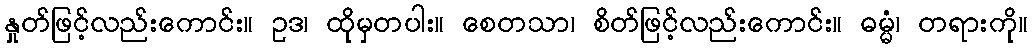
နှုတ်ဖြင့်လည်းကောင်း။ ဥဒ၊ ထိုမှတပါး။ စေတသာ၊ စိတ်ဖြင့်လည်းကောင်း။ ဓမ္မံ၊ တရားကို။